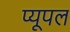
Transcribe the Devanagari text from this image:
प्यूपल